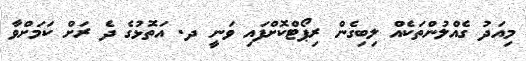
މިއަދު ގެއްލުންތަކެއް ލިބިގެން ރިޕޯޓްކޮށްފައި ވަނީ ދ. އަތޮޅުގެ ދެ ރަށް ކަމަށްވާ